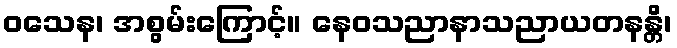
ဝသေန၊ အစွမ်းကြောင့်။ နေဝသညာနာသညာယတနန္တိ၊